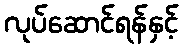
လုပ်ဆောင်ရန်နှင့်